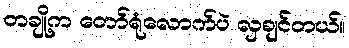
တချို့က တော်ရုံလောက်ပဲ လှချင်တယ်။